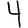
Digit: 4